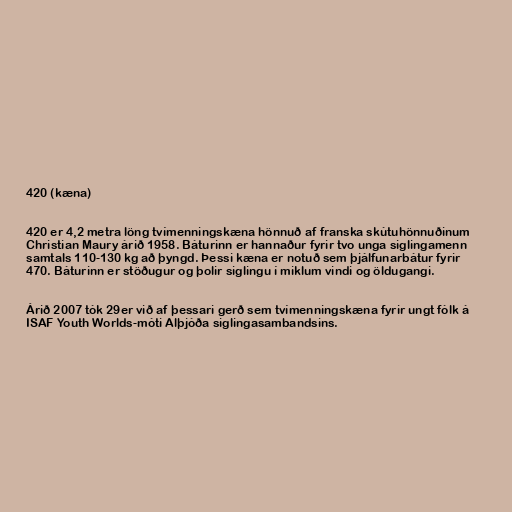
420 (kæna)

420 er 4,2 metra löng tvímenningskæna hönnuð af franska skútuhönnuðinum
Christian Maury árið 1958. Báturinn er hannaður fyrir tvo unga siglingamenn
samtals 110-130 kg að þyngd. Þessi kæna er notuð sem þjálfunarbátur fyrir
470. Báturinn er stöðugur og þolir siglingu í miklum vindi og öldugangi.

Árið 2007 tók 29er við af þessari gerð sem tvímenningskæna fyrir ungt fólk á
ISAF Youth Worlds-móti Alþjóða siglingasambandsins.